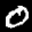
Label: 0